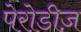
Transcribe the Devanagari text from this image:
पेरोडीज़